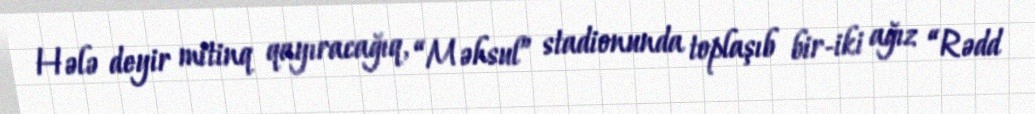
Hələ deyir mitinq qayıracağıq, “Məhsul” stadionunda toplaşıb bir-iki ağız “Rədd